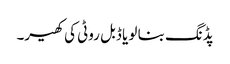
پڈنگ بنا لو یا ڈبل روٹی کی کھیر۔